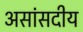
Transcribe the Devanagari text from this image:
असांसदीय